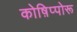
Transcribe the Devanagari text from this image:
कोष़िप्पोरू